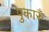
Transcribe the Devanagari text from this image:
पुकारूँ